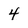
Character: 4